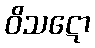
ဝိသဋော